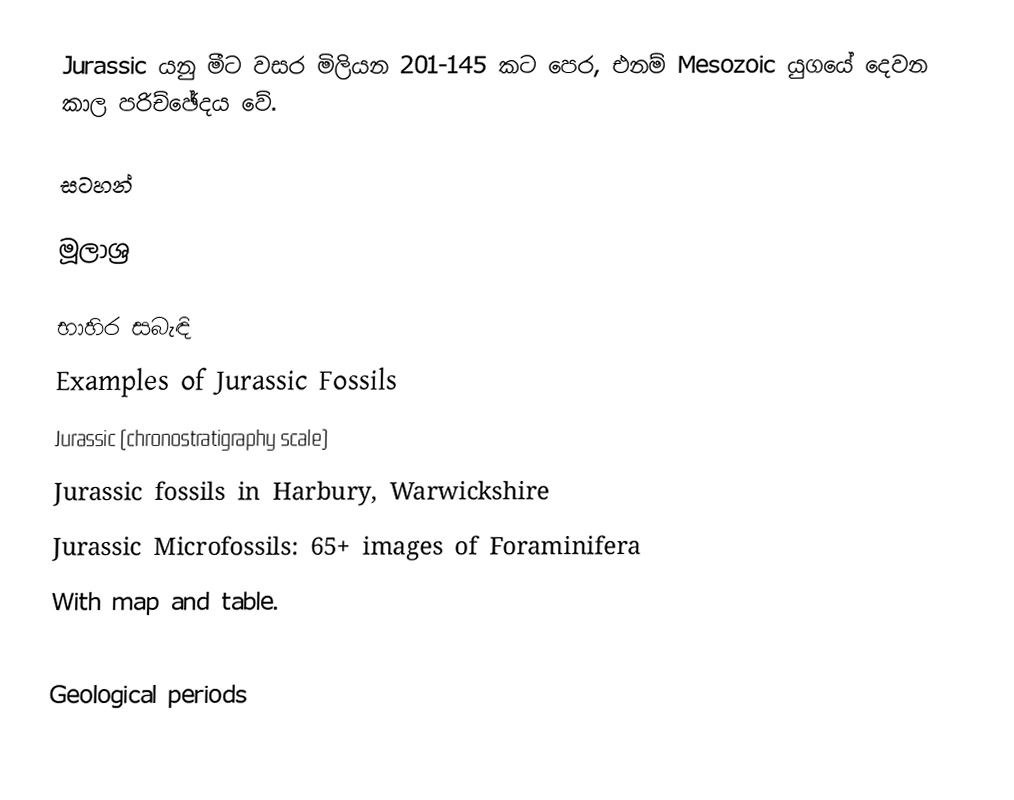
Jurassic යනු මීට වසර මිලියන 201-145 කට පෙර, එනම් Mesozoic යුගයේ දෙවන කාල පරිච්ඡේදය වේ.

සටහන්

මූලාශ්‍ර

භාහිර සබැඳි
 Examples of Jurassic Fossils
 Jurassic (chronostratigraphy scale)
 Jurassic fossils in Harbury, Warwickshire
 Jurassic Microfossils: 65+ images of Foraminifera
  With map and table.

Geological periods